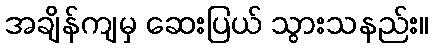
အချိန်ကျမှ ဆေးပြယ် သွားသနည်း။